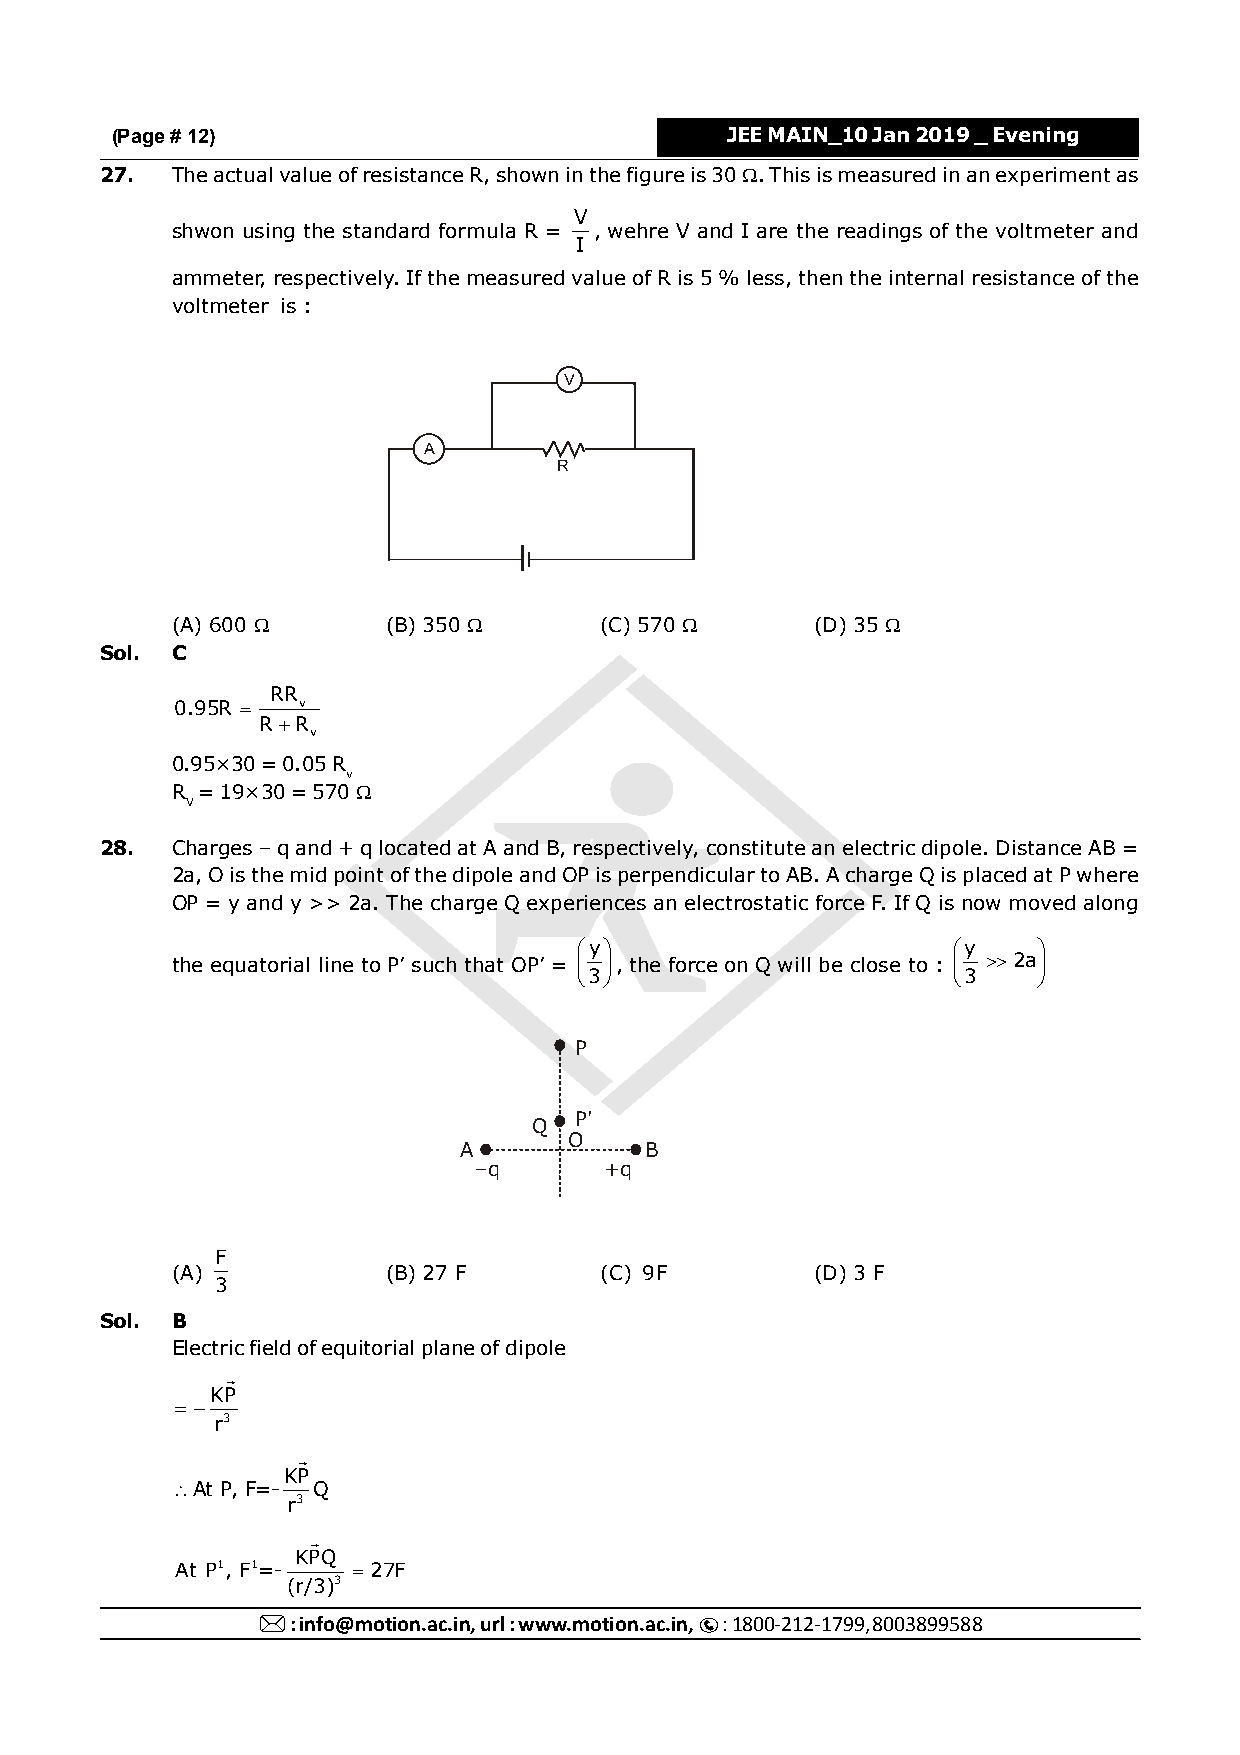
(Page # 12)                              JEE MAIN_10 Jan 2019 _ Evening
 27. The actual value of resistance R, shown in the figure is 30 . This is measured in an experiment as
 V
 shwon using the standard formula R = , wehre V and I are the readings of the voltmeter and
 I
 ammeter, respectively. If the measured value of R is 5 % less, then the internal resistance of the
 voltmeter is :
 V
 A
 R
 (A) 600       (B) 350      (C) 570      (D) 35 
 Sol. C
 RR
 0.95R  v
 R R
 v
 0.95×30 = 0.05 R
 v
 R = 19×30 = 570 
 V
 28. Charges – q and + q located at A and B, respectively, constitute an electric dipole. Distance AB =
 2a, O is the mid point of the dipole and OP is perpendicular to AB. A charge Q is placed at P where
 OP = y and y >> 2a. The charge Q experiences an electrostatic force F. If Q is now moved along
 y                      y    
 the equatorial line to P’ such that OP’ =  , the force on Q will be close to :  2a
 3                      3    
 P
 P'
 Q
 O
 A            B
 –q       +q
 F
 (A)            (B) 27 F      (C) 9F        (D) 3 F
 3
 Sol. B
 Electric field of equitorial plane of dipole
 
 KP
  
 r3
 
 KP
 At P, F=- Q
 r3
 
 KPQ
 At P1, F1=-  27F
 (r/3)3
 : info@motion.ac.in, url : www.motion.ac.in, : 1800-212-179999, 8003899588